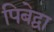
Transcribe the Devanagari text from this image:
पिबेद्वा